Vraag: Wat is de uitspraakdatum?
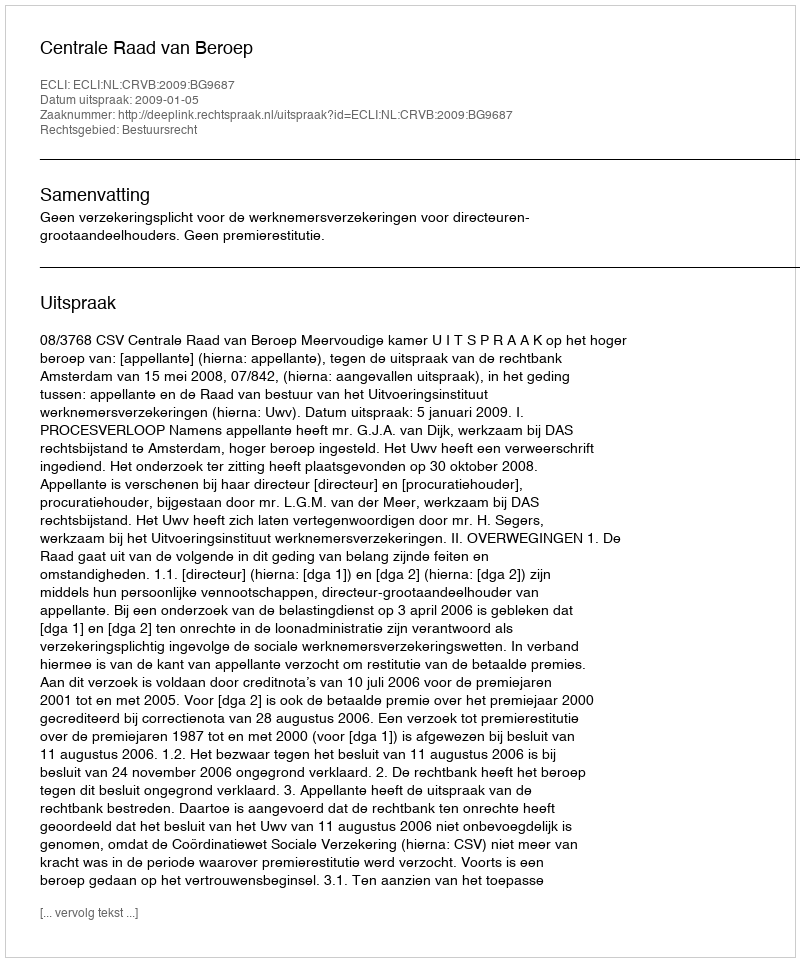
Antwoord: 2009-01-05